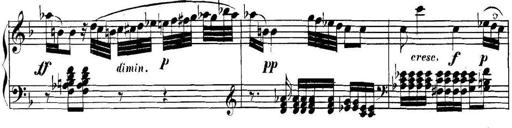
Title: Collected Piano Sonatas
Composer: Muzio Clementi